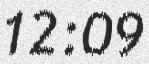
12:09